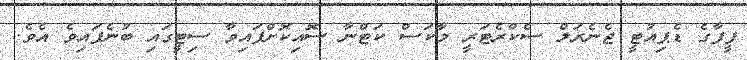
ފީފާގެ ޑެޕިއުޓީ ޖެނެރަލް ސެކްރެޓަރީ މާކަސް ކަޓްނާ ސޮއިކޮށްފައިވާ ސިޓީގައި ބުނެފައިވެ އެވެ.